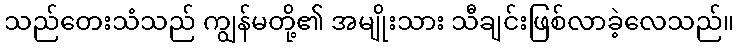
သည်တေးသံသည် ကျွန်မတို့၏ အမျိုးသား သီချင်းဖြစ်လာခဲ့လေသည်။